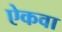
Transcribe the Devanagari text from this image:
ऐकवा